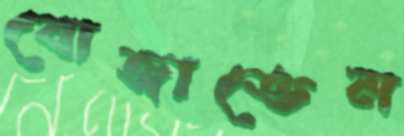
বোজাতেম